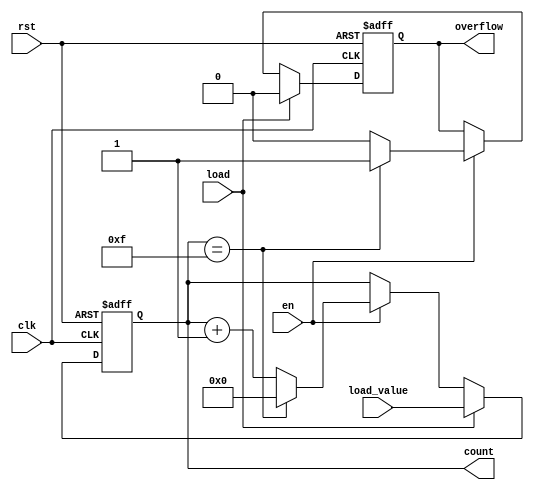
module multi_bit_counter #(
    parameter WIDTH = 4  // Parameter to define the bit width of the counter
)(
    input wire clk,      // Clock signal
    input wire rst,      // Asynchronous reset signal
    input wire en,       // Enable signal
    input wire load,     // Load signal
    input wire [WIDTH-1:0] load_value, // Value to load into the counter
    output reg [WIDTH-1:0] count, // Current count value
    output reg overflow // Overflow flag
);

    // Maximum value for the counter
    localparam MAX_COUNT = (1 << WIDTH) - 1;

    // Always block triggered on the rising edge of the clock
    always @(posedge clk or posedge rst) begin
        if (rst) begin
            count <= 0;        // Reset the counter to 0
            overflow <= 0;     // Clear overflow flag
        end else if (load) begin
            count <= load_value; // Load the specified value into the counter
            overflow <= 0;       // Clear overflow flag
        end else if (en) begin
            if (count == MAX_COUNT) begin
                count <= 0;     // Wrap around to 0 if max count is reached
                overflow <= 1;   // Set overflow flag
            end else begin
                count <= count + 1; // Increment the counter
                overflow <= 0;       // Clear overflow flag
            end
        end
    end

endmodule